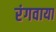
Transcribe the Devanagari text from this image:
रंगवाया